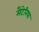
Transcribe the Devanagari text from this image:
मैटेरिया